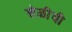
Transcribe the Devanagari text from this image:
शेळीची